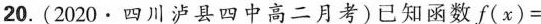
20.(2020·四川泸县四中高二月考)已知函数$$f ( x ) =